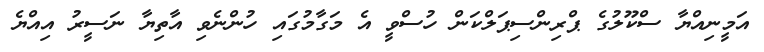
އަމީނިއްޔާ ސްކޫލުގެ ޕްރިންސިޕަލްކަން ހުސްވީ އެ މަގާމުގައި ހުންނެވި އާތިޔާ ނަސީރު އިއްޔެ